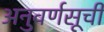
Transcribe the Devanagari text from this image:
अनुवर्णसूची